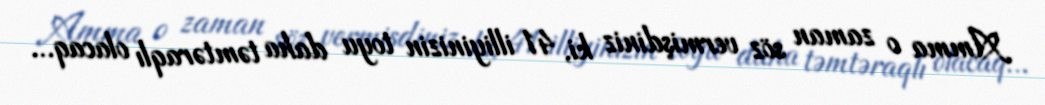
Amma o zaman söz vermişdiniz ki, 41 illiyinizin toyu daha təmtəraqlı olacaq...